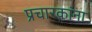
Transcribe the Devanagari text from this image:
प्रचारकांना